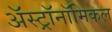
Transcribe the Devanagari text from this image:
अॅस्ट्रॉनॉमिकल